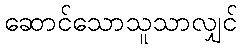
ဆောင်သောသူသာလျှင်